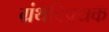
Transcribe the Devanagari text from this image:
ग्रंथविषयक